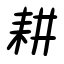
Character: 耕